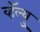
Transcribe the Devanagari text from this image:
व्हॅल्यु